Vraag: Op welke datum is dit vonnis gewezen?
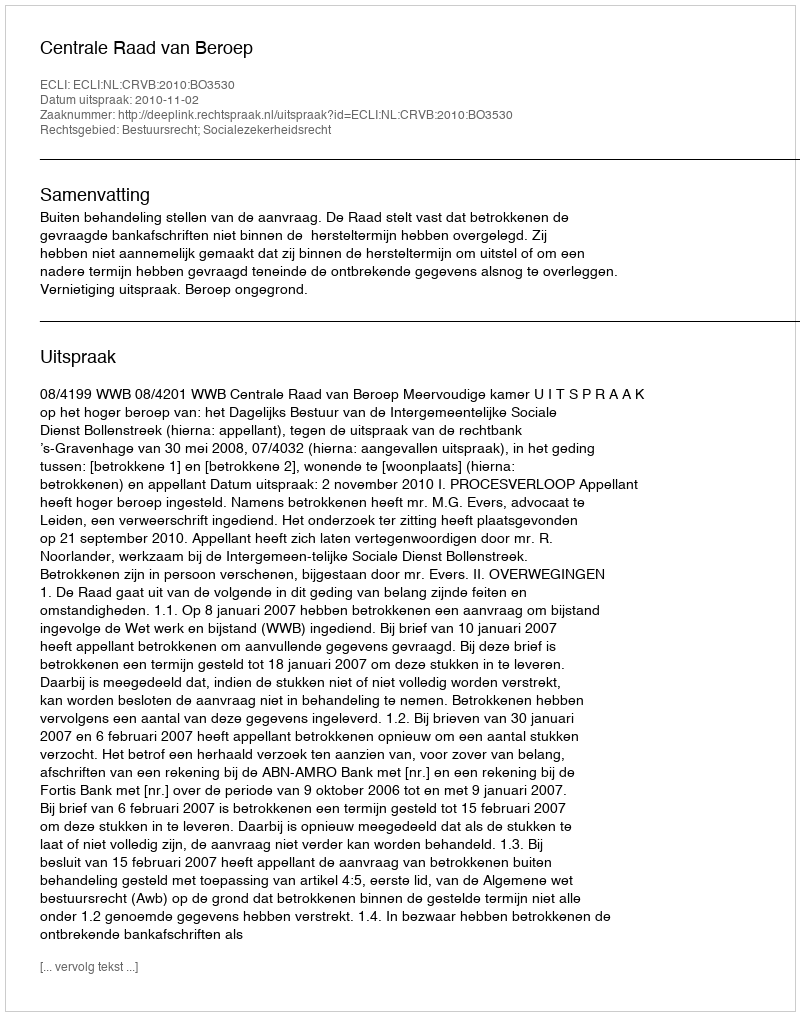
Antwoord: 2010-11-02